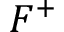
F ^ { + }